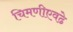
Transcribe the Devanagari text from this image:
चिमणीएवढे